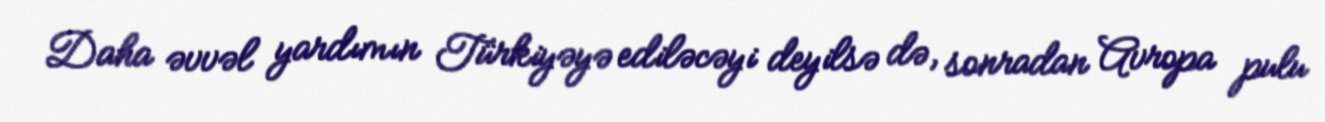
Daha əvvəl yardımın Türkiyəyə ediləcəyi deyilsə də, sonradan Avropa pulu